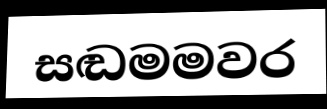
සඬමමවර